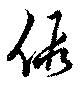
仮